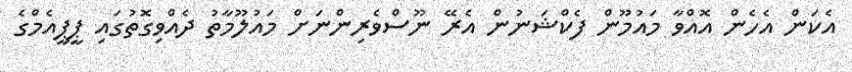
އެކަން އެހެން އޮއްވާ މައުމޫން ފެކްޝަނުން އެރޭ ނޫސްވެރިންނަށް މައުލޫމާތު ދެއްވިގޮތުގައި ޕީޕީއެމްގެ